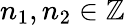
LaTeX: n_{1},n_{2}\in\mathbb{Z}